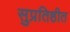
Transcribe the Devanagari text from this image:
सुप्रतिष्ठीत